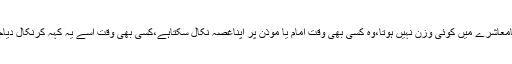
معمولی سے معمولی شخص بھی جس کامعاشرے میں کوئی وزن نہیں ہوتا،وہ کسی بھی وقت امام یا موذن پر اپناغصہ نکال سکتاہے،کسی بھی وقت اسے یہ کہہ کرنکال دیاجائے کہ آپ ہماری مسجدکے لائق نہیں۔